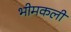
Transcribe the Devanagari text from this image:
भीमकली